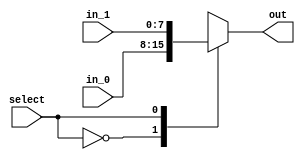
`timescale 1ns / 1ps
//////////////////////////////////////////////////////////////////////////////////
// Company: 
// Engineer: 
// 
// Design Name: 
// Module Name: mux_8bit_2-1
// Project Name: 
// Target Devices: 
// Tool Versions: 
// Description: 
// 
// Dependencies: 
// 
// Revision:
// Revision 0.01 - File Created
// Additional Comments:
// 
//////////////////////////////////////////////////////////////////////////////////


module mux_8bit_2_1(
    output reg [7:0] out,
    input wire [7:0] in_0,
    input wire [7:0] in_1,
    input select
);


always @(*) begin 

    case(select) 
        1'b0: out = in_0;
        1'b1: out = in_1;
        default: out = in_0;
    endcase
end
    

endmodule